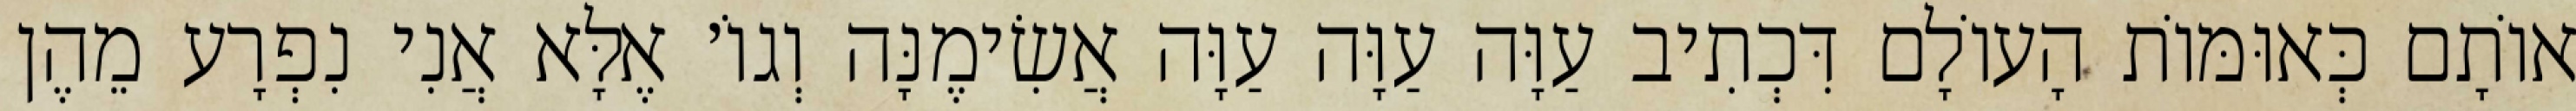
אוֹתָם כְּאוּמּוֹת הָעוֹלָם דִּכְתִיב עַוָּה עַוָּה עַוָּה אֲשִׂימֶנָּה וְגוֹ׳ אֶלָּא אֲנִי נִפְרָע מֵהֶן